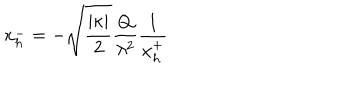
x _ { h } ^ { - } = - \sqrt { \frac { | \kappa | } { 2 } } \frac { Q } { \lambda ^ { 2 } } \frac { 1 } { x _ { h } ^ { + } }